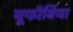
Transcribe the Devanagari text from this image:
यूफॉर्बिया